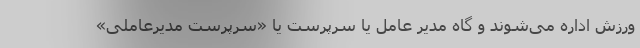
ورزش اداره می‌شوند و گاه مدیر عامل یا سرپرست یا «سرپرست مدیرعاملی»